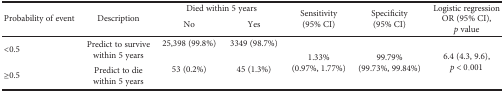
<table><thead><tr><td rowspan="2"><b>Probability of event</b></td><td rowspan="2"><b>Description</b></td><td colspan="2"><b>Died within 5 years</b></td><td rowspan="2"><b>Sensitivity (95% CI)</b></td><td rowspan="2"><b>Specificity (95% CI)</b></td><td><b>Logistic regression</b></td></tr><tr><td><b>No</b></td><td><b>Yes</b></td><td><b>OR (95% CI), <i>p</i> value</b></td></tr></thead><tbody><tr><td rowspan="2">&lt;0.5</td><td rowspan="2">Predict to survive within 5 years</td><td>25,398 (99.8%)</td><td>3349 (98.7%)</td><td rowspan="4">1.33% (0.97%, 1.77%)</td><td rowspan="4">99.79% (99.73%, 99.84%)</td><td rowspan="4">6.4 (4.3, 9.6), <i>p</i> &lt; 0.001</td></tr><tr><td rowspan="2">≥0.5</td><td rowspan="2">Predict to die within 5 years</td><td>53 (0.2%)</td><td>45 (1.3%)</td></tr></tbody></table>